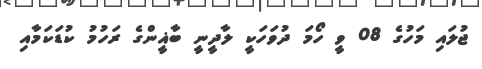
ޖުލައި މަހުގެ 08 ވީ ހޯމަ ދުވަހަކީ ލާދީނީ ބާޣީންގެ ރަހުމު ކުޑަކަމާއި